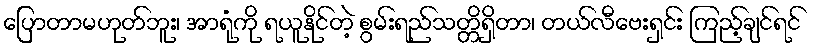
ပြောတာမဟုတ်ဘူး၊ အာရုံကို ရယူနိုင်တဲ့ စွမ်းရည်သတ္တိရှိတာ၊ တယ်လီဗေးရှင်း ကြည့်ချင်ရင်